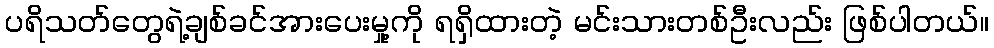
ပရိသတ်တွေရဲ့ချစ်ခင်အားပေးမှု့ကို ရရှိထားတဲ့ မင်းသားတစ်ဦးလည်း ဖြစ်ပါတယ်။